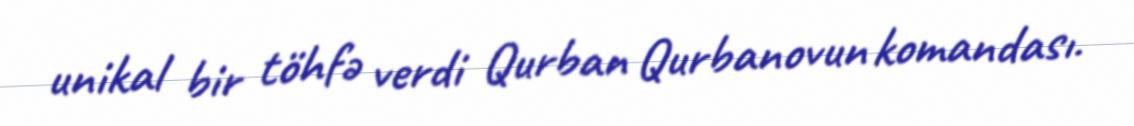
unikal bir töhfə verdi Qurban Qurbanovun komandası.